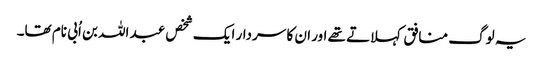
یہ لوگ منافق کہلاتے تھے اور ان کا سردار ایک شخص عبد اللہ بن اُبی نام تھا۔